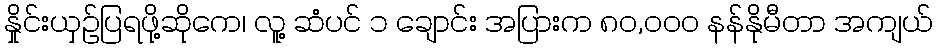
နှိုင်းယှဥ်ပြရဖို့ဆိုကေ၊ လူ့ ဆံပင် ၁ ချောင်း အပြားက ၈၀,၀၀၀ နန်နိုမီတာ အကျယ်